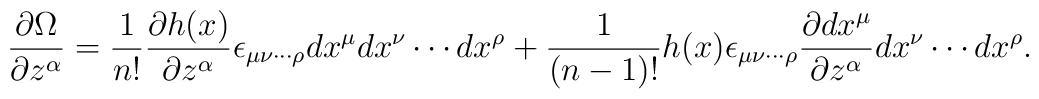
\frac{\partial \Omega}{\partial z^{\alpha}} =\frac{1}{n!}\frac{\partial h(x)}{\partial z^{\alpha}}\epsilon_{{\mu}{\nu}\cdots {\rho}}dx^{\mu}dx^{\nu}\cdots dx^{\rho}+\frac{1}{(n-1)!}h(x)\epsilon_{{\mu}{\nu}\cdots {\rho}}\frac{\partial dx^{\mu}}{\partial z^{\alpha}}dx^{\nu}\cdots dx^{\rho}.